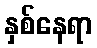
နှစ်နေရာ